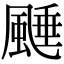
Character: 𩗰